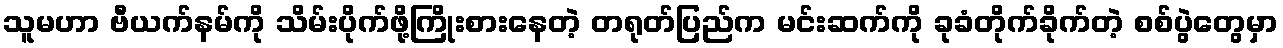
သူမဟာ ဗီယက်နမ်ကို သိမ်းပိုက်ဖို့ကြိုးစားနေတဲ့ တရုတ်ပြည်က မင်းဆက်ကို ခုခံတိုက်ခိုက်တဲ့ စစ်ပွဲတွေမှာ